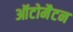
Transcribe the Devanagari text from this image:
ऑटोमैटन